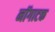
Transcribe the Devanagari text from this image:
नॉगाटक